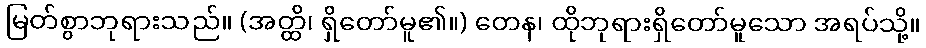
မြတ်စွာဘုရားသည်။ (အတ္ထိ၊ ရှိတော်မူ၏။) တေန၊ ထိုဘုရားရှိတော်မူသော အရပ်သို့။